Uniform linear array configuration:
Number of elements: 48
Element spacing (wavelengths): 0.75
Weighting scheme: hann
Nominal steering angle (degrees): -60
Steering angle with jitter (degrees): -58.149
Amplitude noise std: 0.05
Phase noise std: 0.05

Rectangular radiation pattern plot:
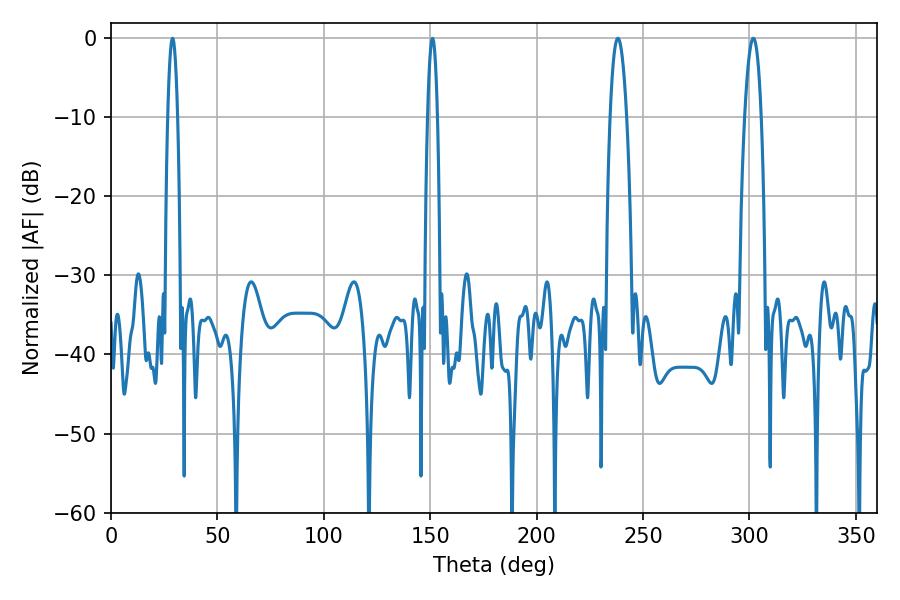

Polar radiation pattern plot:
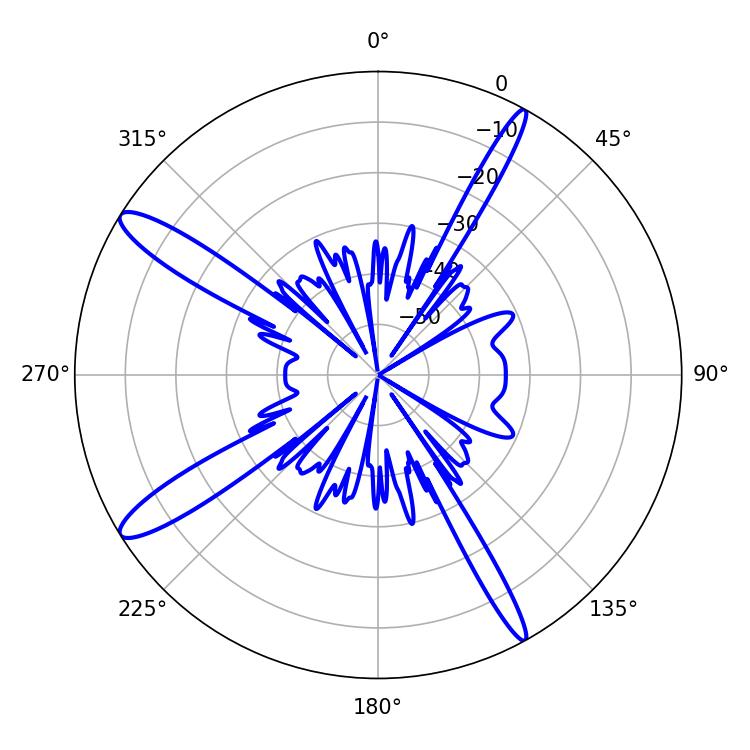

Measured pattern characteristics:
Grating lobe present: TRUE
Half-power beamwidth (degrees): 4.14
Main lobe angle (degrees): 238.14